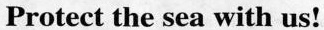
Protect the sea with us!